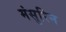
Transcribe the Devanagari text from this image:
मंसुरिन